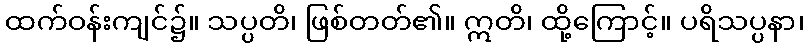
ထက်ဝန်းကျင်၌။ သပ္ပတိ၊ ဖြစ်တတ်၏။ ဣတိ၊ ထို့ကြောင့်။ ပရိသပ္ပနာ၊